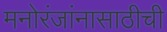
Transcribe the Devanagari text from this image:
मनोरंजांनासाठीची